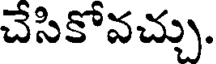
చేసికోవచ్చు.